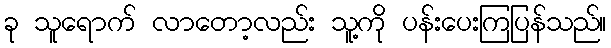
ခု သူရောက် လာတော့လည်း သူ့ကို ပန်းပေးကြပြန်သည်။